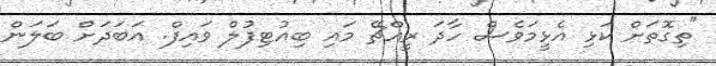
"ތިގޮތަށް ކަޅި އެޅީމަވެސް ހާދަ ރީއްޗޭ މައި ބިއުޓިފުލް ވައިފް. އަބަދަށް ބަލަން